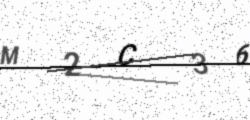
Text: M2C36